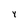
Character: 4